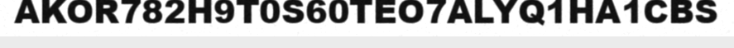
AKOR782H9T0S60TEO7ALYQ1HA1CBS